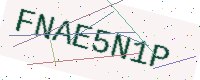
Text: FNAE5N1P